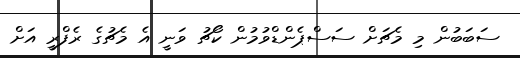
ސަބަބުން މި މެޗަށް ސަސްޕެންޑްވުމުން ކޯޗު ވަނީ އެ މެޗުގެ ރެފްރީ އަށް